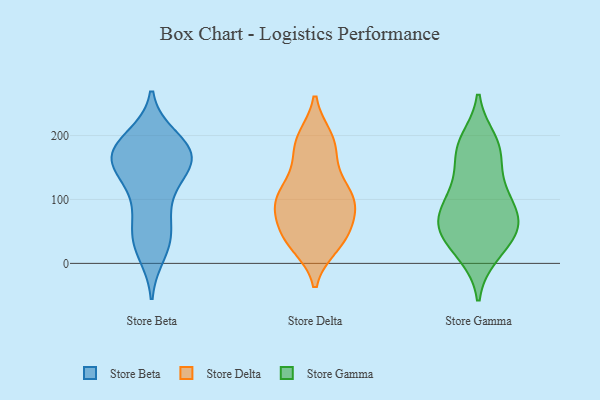
{"axis": {"x": "Bounce Rate (%)", "y": "Value"}, "legend": ["Store Beta", "Store Delta", "Store Gamma"], "data": [{"x": "", "y": 39, "type": "Store Beta"}, {"x": "", "y": 177, "type": "Store Beta"}, {"x": "", "y": 98, "type": "Store Beta"}, {"x": "", "y": 138, "type": "Store Beta"}, {"x": "", "y": 166, "type": "Store Beta"}, {"x": "", "y": 153, "type": "Store Beta"}, {"x": "", "y": 169, "type": "Store Beta"}, {"x": "", "y": 44, "type": "Store Beta"}, {"x": "", "y": 195, "type": "Store Beta"}, {"x": "", "y": 18, "type": "Store Beta"}, {"x": "", "y": 159, "type": "Store Beta"}, {"x": "", "y": 40, "type": "Store Beta"}, {"x": "", "y": 162, "type": "Store Beta"}, {"x": "", "y": 94, "type": "Store Beta"}, {"x": "", "y": 189, "type": "Store Beta"}, {"x": "", "y": 170, "type": "Store Beta"}, {"x": "", "y": 98, "type": "Store Delta"}, {"x": "", "y": 83, "type": "Store Delta"}, {"x": "", "y": 145, "type": "Store Delta"}, {"x": "", "y": 101, "type": "Store Delta"}, {"x": "", "y": 195, "type": "Store Delta"}, {"x": "", "y": 181, "type": "Store Delta"}, {"x": "", "y": 128, "type": "Store Delta"}, {"x": "", "y": 98, "type": "Store Delta"}, {"x": "", "y": 55, "type": "Store Delta"}, {"x": "", "y": 29, "type": "Store Delta"}, {"x": "", "y": 187, "type": "Store Delta"}, {"x": "", "y": 41, "type": "Store Delta"}, {"x": "", "y": 107, "type": "Store Delta"}, {"x": "", "y": 95, "type": "Store Delta"}, {"x": "", "y": 33, "type": "Store Delta"}, {"x": "", "y": 92, "type": "Store Delta"}, {"x": "", "y": 192, "type": "Store Delta"}, {"x": "", "y": 48, "type": "Store Delta"}, {"x": "", "y": 36, "type": "Store Delta"}, {"x": "", "y": 180, "type": "Store Gamma"}, {"x": "", "y": 172, "type": "Store Gamma"}, {"x": "", "y": 64, "type": "Store Gamma"}, {"x": "", "y": 124, "type": "Store Gamma"}, {"x": "", "y": 192, "type": "Store Gamma"}, {"x": "", "y": 14, "type": "Store Gamma"}, {"x": "", "y": 62, "type": "Store Gamma"}, {"x": "", "y": 44, "type": "Store Gamma"}, {"x": "", "y": 16, "type": "Store Gamma"}, {"x": "", "y": 62, "type": "Store Gamma"}, {"x": "", "y": 95, "type": "Store Gamma"}, {"x": "", "y": 96, "type": "Store Gamma"}, {"x": "", "y": 55, "type": "Store Gamma"}, {"x": "", "y": 59, "type": "Store Gamma"}, {"x": "", "y": 118, "type": "Store Gamma"}, {"x": "", "y": 179, "type": "Store Gamma"}]}